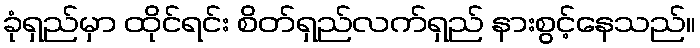
ခုံရှည်မှာ ထိုင်ရင်း စိတ်ရှည်လက်ရှည် နားစွင့်နေသည်။